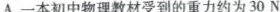
A.一本初中物理教材受到的重力约为30N